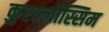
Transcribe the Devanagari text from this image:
कुएल्लोस्सिम